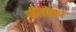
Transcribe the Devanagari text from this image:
सोरोका